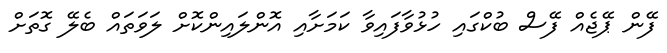
ފޭން ޕޭޖެއް ފޭސް ބުކްގައި ހުޅުވާފައިވާ ކަމަށާއި އޮންލައިންކޮށް ލަވަތައް ބެލޭ ގޮތަށް